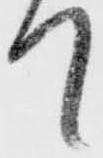
て